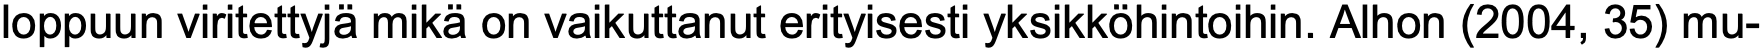
loppuun viritettyjä mikä on vaikuttanut erityisesti yksikköhintoihin. Alhon (2004, 35) mu-